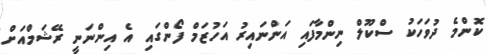
ކޮންމެ ދުވަހަކު ސްކޫލް ނިންމާފައި އަންނައިރު އަހުޒަމް ފޯންގައި އެ އިންނަނީ ރޭޝަމްއަށް